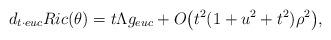
LaTeX: \begin{align*}&d_{t\cdot euc}Ric(\theta)=t\Lambda g_{euc}+O\big( t^2 (1 + u^2 + t^2)\rho^{2}\big),\end{align*}